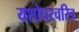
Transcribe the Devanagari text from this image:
यशोधरचरित्र